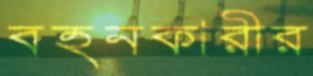
বহনকারীর